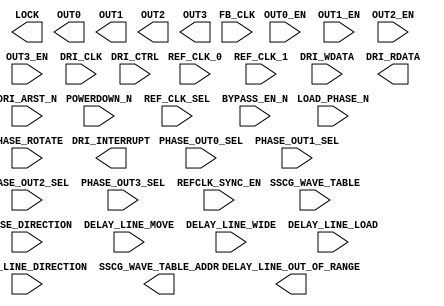
`timescale 1 ns/100 ps
// Version: 


module PLL(
       POWERDOWN_N,
       OUT0_EN,
       OUT1_EN,
       OUT2_EN,
       OUT3_EN,
       REF_CLK_SEL,
       BYPASS_EN_N,
       LOAD_PHASE_N,
       SSCG_WAVE_TABLE,
       PHASE_DIRECTION,
       PHASE_ROTATE,
       PHASE_OUT0_SEL,
       PHASE_OUT1_SEL,
       PHASE_OUT2_SEL,
       PHASE_OUT3_SEL,
       DELAY_LINE_MOVE,
       DELAY_LINE_DIRECTION,
       DELAY_LINE_WIDE,
       DELAY_LINE_LOAD,
       LOCK,
       SSCG_WAVE_TABLE_ADDR,
       DELAY_LINE_OUT_OF_RANGE,
       REFCLK_SYNC_EN,
       REF_CLK_0,
       REF_CLK_1,
       FB_CLK,
       OUT0,
       OUT1,
       OUT2,
       OUT3,
       DRI_CLK,
       DRI_CTRL,
       DRI_WDATA,
       DRI_ARST_N,
       DRI_RDATA,
       DRI_INTERRUPT
    ) ;
/* synthesis syn_black_box

syn_tco0 = " REF_CLK_0->OUT0 = 1.384"
syn_tco1 = " REF_CLK_0->OUT1 = 1.384"
syn_tco2 = " REF_CLK_0->OUT2 = 1.384"
syn_tco3 = " REF_CLK_0->OUT3 = 1.384"
syn_tco4 = " REF_CLK_1->OUT0 = 1.384"
syn_tco5 = " REF_CLK_1->OUT1 = 1.384"
syn_tco6 = " REF_CLK_1->OUT2 = 1.384"
syn_tco7 = " REF_CLK_1->OUT3 = 1.384"
*/
/* synthesis black_box_pad_pin ="" */
input  POWERDOWN_N;
input  OUT0_EN;
input  OUT1_EN;
input  OUT2_EN;
input  OUT3_EN;
input  REF_CLK_SEL;
input  BYPASS_EN_N;
input  LOAD_PHASE_N;
input  [7:0] SSCG_WAVE_TABLE;
input  PHASE_DIRECTION;
input  PHASE_ROTATE;
input  PHASE_OUT0_SEL;
input  PHASE_OUT1_SEL;
input  PHASE_OUT2_SEL;
input  PHASE_OUT3_SEL;
input  DELAY_LINE_MOVE;
input  DELAY_LINE_DIRECTION;
input  DELAY_LINE_WIDE;
input  DELAY_LINE_LOAD;
output LOCK;
output [7:0] SSCG_WAVE_TABLE_ADDR;
output DELAY_LINE_OUT_OF_RANGE;
input  REFCLK_SYNC_EN;
input  REF_CLK_0;
input  REF_CLK_1;
input  FB_CLK;
output OUT0;
output OUT1;
output OUT2;
output OUT3;
input  DRI_CLK;
input  [10:0] DRI_CTRL;
input  [32:0] DRI_WDATA;
input  DRI_ARST_N;
output [32:0] DRI_RDATA;
output DRI_INTERRUPT;
parameter VCOFREQUENCY = 0.0;
parameter DELAY_LINE_SIMULATION_MODE = "";
parameter DATA_RATE = 0.0;
parameter FORMAL_NAME = "";
parameter INTERFACE_NAME = "";
parameter INTERFACE_LEVEL = 'h0;
parameter SOFTRESET = 'h0;
parameter SOFT_POWERDOWN_N = 'h0;
parameter RFDIV_EN = 'h0;
parameter OUT0_DIV_EN = 'h0;
parameter OUT1_DIV_EN = 'h0;
parameter OUT2_DIV_EN = 'h0;
parameter OUT3_DIV_EN = 'h0;
parameter SOFT_REF_CLK_SEL = 'h0;
parameter RESET_ON_LOCK = 'h0;
parameter BYPASS_CLK_SEL = 'h0;
parameter BYPASS_GO_EN_N = 'h0;
parameter BYPASS_PLL = 'h0;
parameter BYPASS_OUT_DIVIDER = 'h0;
parameter FF_REQUIRES_LOCK = 'h0;
parameter FSE_N = 'h0;
parameter FB_CLK_SEL_0 = 'h0;
parameter FB_CLK_SEL_1 = 'h0;
parameter RFDIV = 'h0;
parameter FRAC_EN = 'h0;
parameter FRAC_DAC_EN = 'h0;
parameter DIV0_RST_DELAY = 'h0;
parameter DIV0_VAL = 'h0;
parameter DIV1_RST_DELAY = 'h0;
parameter DIV1_VAL = 'h0;
parameter DIV2_RST_DELAY = 'h0;
parameter DIV2_VAL = 'h0;
parameter DIV3_RST_DELAY = 'h0;
parameter DIV3_VAL = 'h0;
parameter DIV3_CLK_SEL = 'h0;
parameter BW_INT_CTRL = 'h0;
parameter BW_PROP_CTRL = 'h0;
parameter IREF_EN = 'h0;
parameter IREF_TOGGLE = 'h0;
parameter LOCK_CNT = 'h0;
parameter DESKEW_CAL_CNT = 'h0;
parameter DESKEW_CAL_EN = 'h0;
parameter DESKEW_CAL_BYPASS = 'h0;
parameter SYNC_REF_DIV_EN = 'h0;
parameter SYNC_REF_DIV_EN_2 = 'h0;
parameter OUT0_PHASE_SEL = 'h0;
parameter OUT1_PHASE_SEL = 'h0;
parameter OUT2_PHASE_SEL = 'h0;
parameter OUT3_PHASE_SEL = 'h0;
parameter SOFT_LOAD_PHASE_N = 'h0;
parameter SSM_DIV_VAL = 'h0;
parameter FB_FRAC_VAL = 'h0;
parameter SSM_SPREAD_MODE = 'h0;
parameter SSM_MODULATION = 'h0;
parameter FB_INT_VAL = 'h0;
parameter SSM_EN_N = 'h0;
parameter SSM_EXT_WAVE_EN = 'h0;
parameter SSM_EXT_WAVE_MAX_ADDR = 'h0;
parameter SSM_RANDOM_EN = 'h0;
parameter SSM_RANDOM_PATTERN_SEL = 'h0;
parameter CDMUX0_SEL = 'h0;
parameter CDMUX1_SEL = 'h0;
parameter CDMUX2_SEL = 'h0;
parameter CDELAY0_SEL = 'h0;
parameter CDELAY0_EN = 'h0;
parameter DRI_EN = 'h0;

endmodule